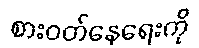
စားဝတ်နေရေးကို